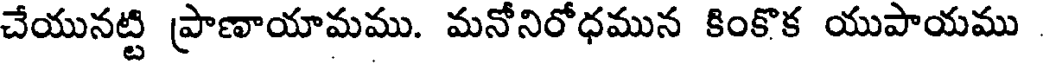
చేయునట్టి ప్రాణాయామము. మనోనిరోధమున కింకొక యుపాయము